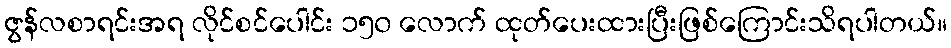
ဇွန်လစာရင်းအရ လိုင်စင်ပေါင်း ၁၅၀ လောက် ထုတ်ပေးထားပြီးဖြစ်ကြောင်းသိရပါတယ်။